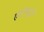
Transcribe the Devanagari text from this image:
एंटीन्यूट्रॉन